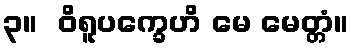
၃။  ဝိရူပက္ခေဟိ မေ မေတ္တံ။